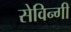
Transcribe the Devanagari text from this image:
सेविन्गी